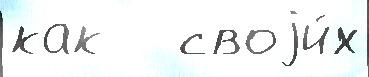
как   своjи́х